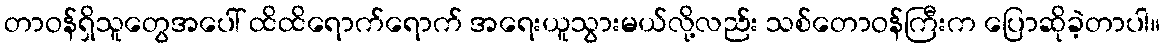
တာဝန်ရှိသူတွေအပေါ် ထိထိရောက်ရောက် အရေးယူသွားမယ်လို့လည်း သစ်တောဝန်ကြီးက ပြောဆိုခဲ့တာပါ။